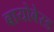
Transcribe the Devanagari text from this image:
बायोबेस्ड